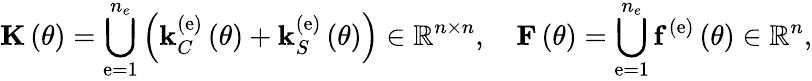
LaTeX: {\mathbf K}\left(\theta\right)=\bigcup_{\mathrm{e}=1}^{n_{e}}\left({\mathbf k}_{C}^{\left(\mathrm{e}\right)}\left(\theta\right)+{\mathbf k}_{S}^{\left(\mathrm{e}\right)}\left(\theta\right)\right)\in\mathbb{R}^{n\times n},\quad{\mathbf F}\left(\theta\right)=\bigcup_{\mathrm{e}=1}^{n_{e}}{\mathbf f}^{\left(\mathrm{e}\right)}\left(\theta\right)\in\mathbb{R}^{n},